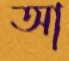
আ